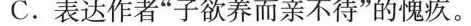
C.表达作者”子欲养而亲不待”的愧疚。